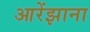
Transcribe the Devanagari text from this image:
आरेंझाना